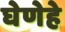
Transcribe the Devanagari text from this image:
घेणेहे